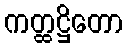
ကတ္ထဋ္ဌိတော